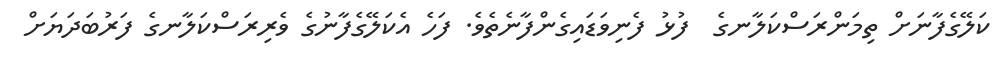
ކަލޭގެފާނަށް ތިމަންރަސްކަލާނގެ  ފުޅު ފެނިވަޑައިގެންފާނެތެވެ. ފަހެ އެކަލޭގެފާނުގެ ވެރިރަސްކަލާނގެ ފަރުބަދަޔަށް